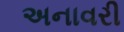
અનાવરી